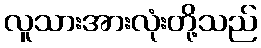
လူသားအားလုံးတို့သည်